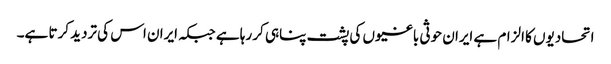
اتحادیوں کا الزام ہے ایران حوثی باغیوں کی پشت پناہی کر رہا ہے جبکہ ایران اس کی تردید کرتا ہے۔